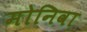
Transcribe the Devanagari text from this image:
मोनिवा